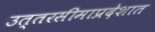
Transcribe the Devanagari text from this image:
उत्तरसीमाप्रदेशात